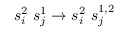
s _ { i } ^ { 2 } \ s _ { j } ^ { 1 } \to s _ { i } ^ { 2 } \ s _ { j } ^ { 1 , 2 }